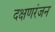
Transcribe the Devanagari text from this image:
दक्षणरंजन